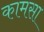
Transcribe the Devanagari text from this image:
कामसा